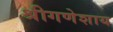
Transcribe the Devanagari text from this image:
श्रीगणेशाय